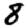
Digit: 8